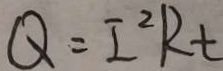
Q = I ^ { 2 } R t